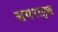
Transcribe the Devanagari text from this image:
समराइच्च